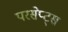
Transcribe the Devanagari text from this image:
परसेप्ट्स